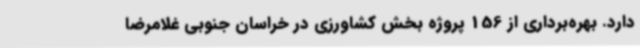
دارد. بهره‌برداری از 156 پروژه بخش کشاورزی در خراسان جنوبی غلامرضا